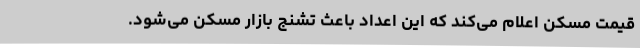
قیمت مسکن اعلام می‌کند که این اعداد باعث تشنج بازار مسکن می‌شود.